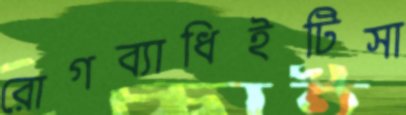
রোগব্যাধিইটিসা